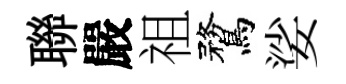
聯嚴祖鶩娑